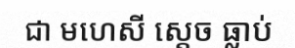
ជា មហេសី ស្តេច ធ្លាប់